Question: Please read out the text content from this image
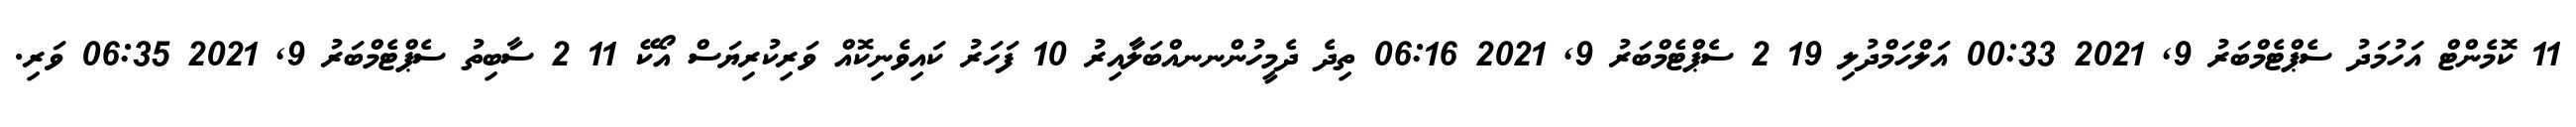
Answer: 11 ކޮމެންޓް އަހުމަދު ސެޕްޓެމްބަރު 9, 2021 00:33 އަލްހަމްދުލި 19 2 ސެޕްޓެމްބަރު 9, 2021 06:16 ތިދެ ދެމީހުންނނއްބަލާާއިރު 10 ފަހަރު ކައިވެނިކޮއް ވަރިކުރިޔަސް އޯކޭ 11 2 ސާބިތު ސެޕްޓެމްބަރު 9, 2021 06:35 ވަރި.